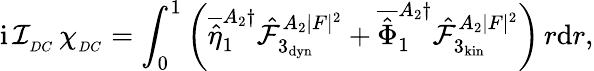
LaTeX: \mathrm{i}\, \mathcal{I}_{_{DC}}\, \chi_{_{DC}}=\int_{0}^{1}\left(\overline{{\hat{\eta}}}_{1}^{A_{2}\dagger}\hat{\mathcal{F}}_{3_{\mathrm{dyn}}}^{A_{2}|F|^{2}}+\overline{{\hat{\Phi}}}_{1}^{A_{2}\dagger}\hat{\mathcal{F}}_{3_{\mathrm{kin}}}^{A_{2}|F|^{2}}\right)\, r\mathrm{d}r,